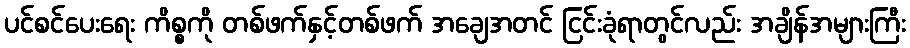
ပင်စင်ပေးရေး ကိစ္စကို တစ်ဖက်နှင့်တစ်ဖက် အချေအတင် ငြင်းခုံရာတွင်လည်း အချိန်အများကြီး